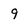
Character: 9